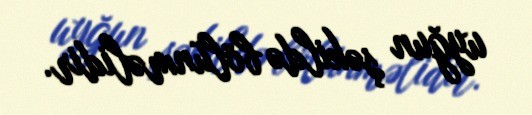
uyğun şəkildə bölünməlidir.